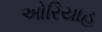
ઓરિયાહ